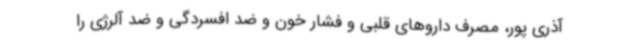
آذری پور، مصرف داروهای قلبی و فشار خون و ضد افسردگی و ضد آلرژی را